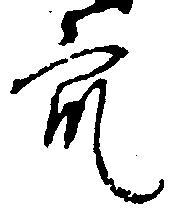
衆